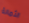
الثمالة